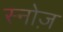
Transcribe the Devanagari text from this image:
स्नोज़